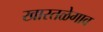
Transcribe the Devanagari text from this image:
खारतळेगाव